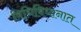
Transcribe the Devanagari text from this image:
विधिविधानात